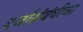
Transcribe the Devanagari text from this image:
दर्जासंबंधीचा